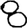
Digit: 8